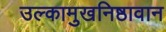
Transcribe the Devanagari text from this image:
उल्कामुखनिष्ठावान